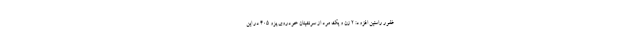
غفور راستین افزود: ۲ زن و یک مرد از سرنشینان خودروی پژو ۴۰۵ در این